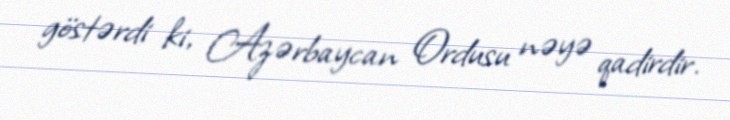
göstərdi ki, Azərbaycan Ordusu nəyə qadirdir.